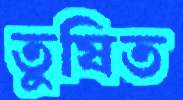
তুষিত